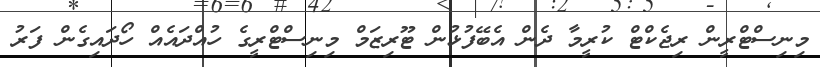
މިނިސްޓްރީން ރިޖެކްޓް ކުރީމާ ދެން އެބޭފުޅުން ޓޫރިޒަމް މިނިސްޓްރީގެ ހުއްދައެއް ހޯދައިގެން ފަރު